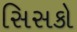
સિસકો